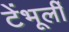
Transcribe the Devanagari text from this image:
टेंभूर्ली